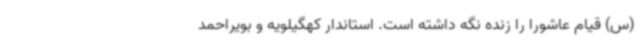
(س) قیام عاشورا را زنده نگه داشته است. استاندار کهگیلویه و بویراحمد